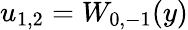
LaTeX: u_{1,2}=W_{0,-1}(y)